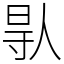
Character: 𠊛